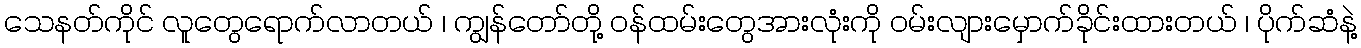
သေနတ်ကိုင် လူတွေရောက်လာတယ် ၊ ကျွန်တော်တို့ ဝန်ထမ်းတွေအားလုံးကို ဝမ်းလျားမှောက်ခိုင်းထားတယ် ၊ ပိုက်ဆံနဲ့